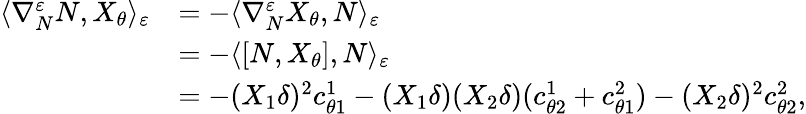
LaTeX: \begin{array}{rl}{\langle\nabla_{N}^{\varepsilon}N,X_{\theta}\rangle_{\varepsilon}}&{=-\langle\nabla_{N}^{\varepsilon}X_{\theta},N\rangle_{\varepsilon}}\\ &{=-\langle[N,X_{\theta}],N\rangle_{\varepsilon}}\\ &{=-(X_{1}\delta)^{2}c_{\theta 1}^{1}-(X_{1}\delta)(X_{2}\delta)(c_{\theta 2}^{1}+c_{\theta 1}^{2})-(X_{2}\delta)^{2}c_{\theta 2}^{2},}\end{array}